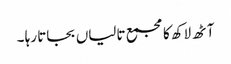
آٹھ لاکھ کا مجمع تالیاں بجاتا رہا ۔